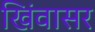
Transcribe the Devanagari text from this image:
खिंवासर